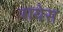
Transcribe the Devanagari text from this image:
रायेस